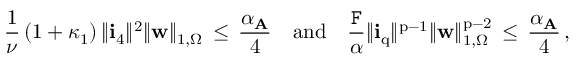
\frac { 1 } { \nu } \, ( 1 + \kappa _ { 1 } ) \, \| \mathbf { i } _ { 4 } \| ^ { 2 } \| { \mathbf { w } } \| _ { 1 , \Omega } \, \leq \, \frac { \alpha _ { \mathbf { A } } } { 4 } { \quad \mathrm { a n d } \quad } \frac { \mathtt { F } } { \alpha } \| \mathbf { i } _ { \mathrm { q } } \| ^ { \mathrm { p } - 1 } \| { \mathbf { w } } \| _ { 1 , \Omega } ^ { \mathrm { p } - 2 } \, \leq \, \frac { \alpha _ { \mathbf { A } } } { 4 } \, ,